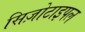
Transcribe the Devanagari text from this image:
सिज़ोटाइपल